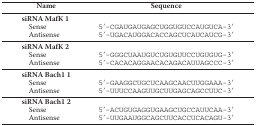
<table><thead><tr><td><b>Name</b></td><td><b>Sequence</b></td></tr></thead><tbody><tr><td><b>siRNA MafK 1</b></td><td></td></tr><tr><td>Sense</td><td>5′-CGAUGAUGAGCUGGUGUCCAUGUCA-3′</td></tr><tr><td>Antisense</td><td>5′-UGACAUGGACACCAGCUCAUCAUCG-3′</td></tr><tr><td><b>siRNA MafK 2</b></td><td></td></tr><tr><td>Sense</td><td>5′-GGGCUAAUGUCUGUGUUCCUGUGUG-3′</td></tr><tr><td>Antisense</td><td>5′-CACACAGGAACACAGACAUUAGCCC-3′</td></tr><tr><td><b>siRNA Bach1 1</b></td><td></td></tr><tr><td>Sense</td><td>5′-GAAGGCUGCUCAAGCAACUUGGAAA-3′</td></tr><tr><td>Antisense</td><td>5′-UUUCCAAGUUGCUUGAGCAGCCUUC-3′</td></tr><tr><td><b>siRNA Bach1 2</b></td><td></td></tr><tr><td>Sense</td><td>5′-ACUGUGAGGUGAAGCUGCCAUUCAA-3′</td></tr><tr><td>Antisense</td><td>5′-UUGAAUGGCAGCUUCACCUCACAGU-3′</td></tr></tbody></table>